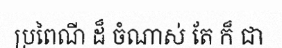
ប្រពៃណី ដ៏ ចំណាស់ តែ ក៏ ជា